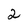
Character: 2